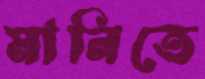
মানিতে